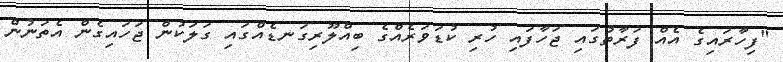
"ފިހާރައިގެ އެއް ފަރާތުގައި ޖަހާފައި ހުރި ކުޑަވަރެއްގެ ބިއްލޫރިގަނޑެއްގައި ގަލަކުން ޖަހައިގެން އެތަނުން